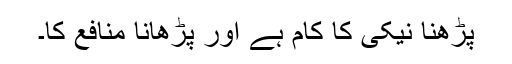
پڑھنا نیکی کا کام ہے اور پڑھانا منافع کا۔